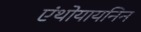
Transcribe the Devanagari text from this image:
एंथोयायनिन